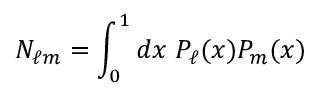
N _ { \ell m } = \int _ { 0 } ^ { 1 } d x \; P _ { \ell } ( x ) P _ { m } ( x )